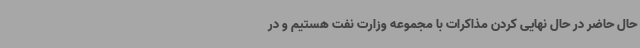
حال حاضر در حال نهایی کردن مذاکرات با مجموعه وزارت نفت هستیم و در